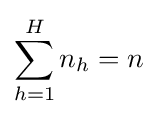
\sum \limits _{h=1}^{H}n_{h}=n